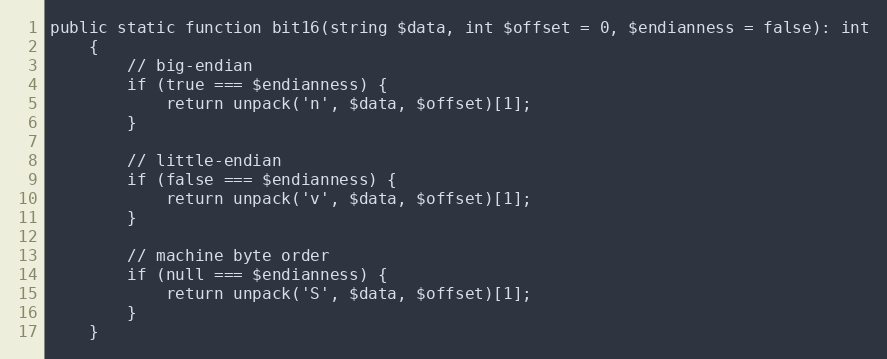
Language: PHP
public static function bit16(string $data, int $offset = 0, $endianness = false): int
    {
        // big-endian
        if (true === $endianness) {
            return unpack('n', $data, $offset)[1];
        }

        // little-endian
        if (false === $endianness) {
            return unpack('v', $data, $offset)[1];
        }

        // machine byte order
        if (null === $endianness) {
            return unpack('S', $data, $offset)[1];
        }
    }